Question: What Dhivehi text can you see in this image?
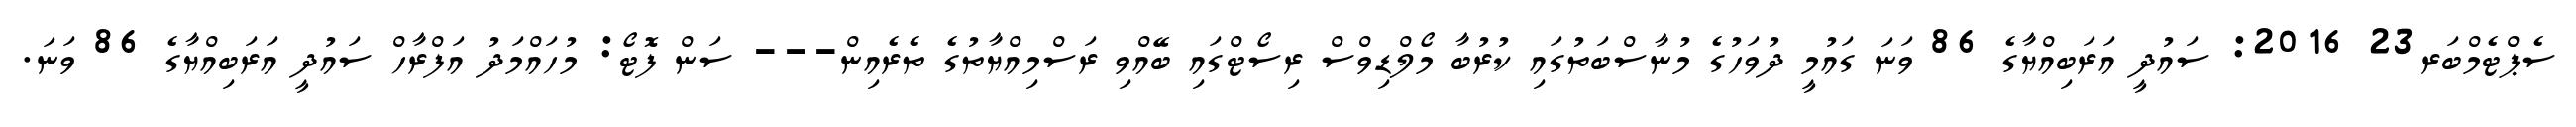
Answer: ސެޕްޓެމްބަރ23 2016: ސައުދީ އަރަބިއްޔާގެ 86 ވަނަ ގައުމީ ދުވަހުގެ މުނާސްބަތުގައި ކުރުބާ މޯލްޑިވްސް ރިސޯޓްގައި ބޭއްވި ރަސްމިއްޔާތުގެ ތެރެއިން--- ސަން ފޮޓޯ: މުހައްމަދު އަފްރާހް ސައުދީ އަރަބިއްޔާގެ 86 ވަނަ.